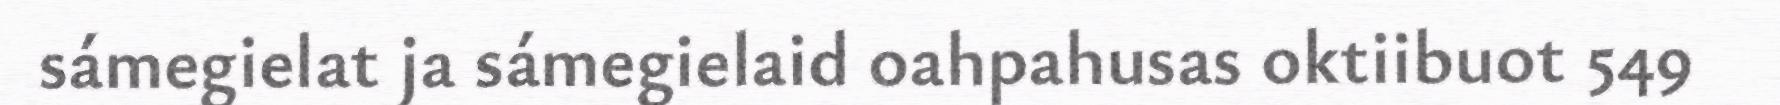
sámegielat ja sámegielaid oahpahusas oktiibuot 549